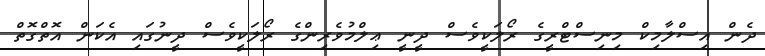
ދެން އިސްލާމިކް މިނިސްޓްރީގެ ރޯލަކީވެސް ދީނީ ޢިލްމުވެރިންގެ ރޯލަކީވެސް ދީނުގައި އެކަން އޮތްގޮތް